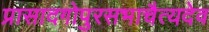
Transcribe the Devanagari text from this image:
प्रासादगोपुरसभाचैत्यदेव